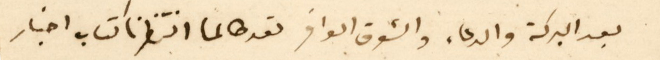
بعد البركة والدعاء والشوق الوافر لقد طالما انتظرنا كتاب اخبار